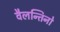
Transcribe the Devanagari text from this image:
वैलन्तिनो